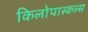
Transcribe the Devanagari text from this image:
किलोपास्कल्स